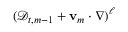
( \mathscr { D } _ { t , m - 1 } + \ensuremath { \mathbf { v } } _ { m } \cdot \nabla ) ^ { \ell }